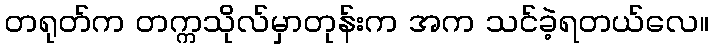
တရုတ်က တက္ကသိုလ်မှာတုန်းက အက သင်ခဲ့ရတယ်လေ။